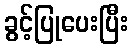
ခွင့်ပြုပေးပြီး